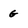
Character: g